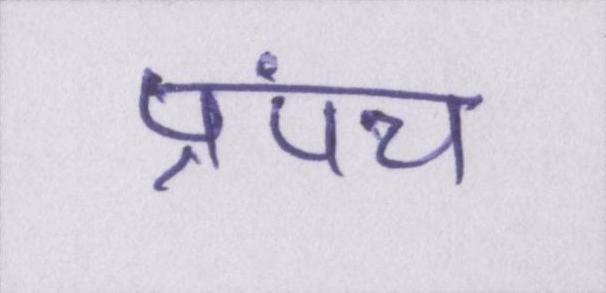
प्रपंच